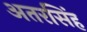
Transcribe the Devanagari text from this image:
अतरसिंह